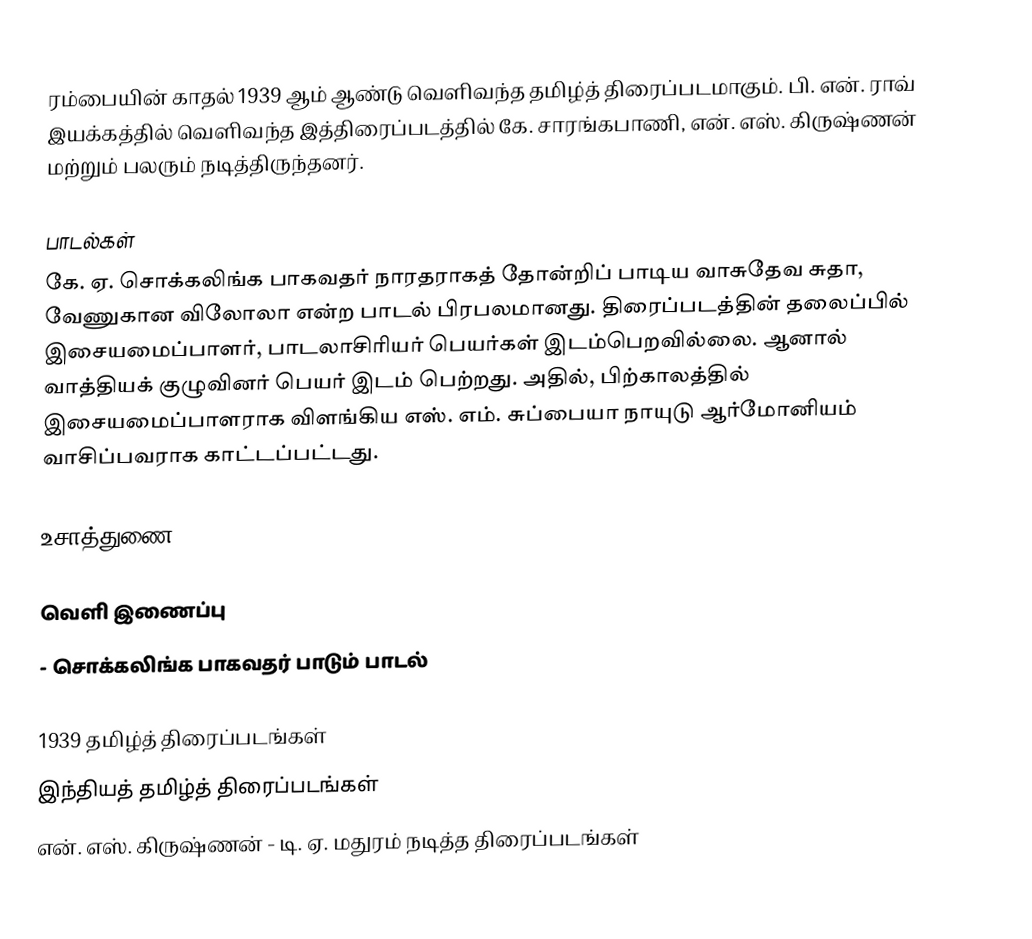
ரம்பையின் காதல் 1939 ஆம் ஆண்டு வெளிவந்த தமிழ்த் திரைப்படமாகும். பி. என். ராவ் இயக்கத்தில் வெளிவந்த இத்திரைப்படத்தில் கே. சாரங்கபாணி, என். எஸ். கிருஷ்ணன் மற்றும் பலரும் நடித்திருந்தனர்.

பாடல்கள்
கே. ஏ. சொக்கலிங்க பாகவதர் நாரதராகத் தோன்றிப் பாடிய வாசுதேவ சுதா, வேணுகான விலோலா என்ற பாடல் பிரபலமானது. திரைப்படத்தின் தலைப்பில் இசையமைப்பாளர், பாடலாசிரியர் பெயர்கள் இடம்பெறவில்லை. ஆனால் வாத்தியக் குழுவினர் பெயர் இடம் பெற்றது. அதில், பிற்காலத்தில் இசையமைப்பாளராக விளங்கிய எஸ். எம். சுப்பையா நாயுடு ஆர்மோனியம் வாசிப்பவராக காட்டப்பட்டது.

உசாத்துணை

வெளி இணைப்பு
  - சொக்கலிங்க பாகவதர் பாடும் பாடல்

1939 தமிழ்த் திரைப்படங்கள்
இந்தியத் தமிழ்த் திரைப்படங்கள்
என். எஸ். கிருஷ்ணன் - டி. ஏ. மதுரம் நடித்த திரைப்படங்கள்